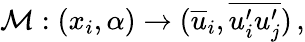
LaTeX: \mathcal{M}:(x_{i},\alpha)\xrightarrow[]{}(\overline{{u}}_{i},\overline{{u_{i}^{\prime}u_{j}^{\prime}}})\, ,